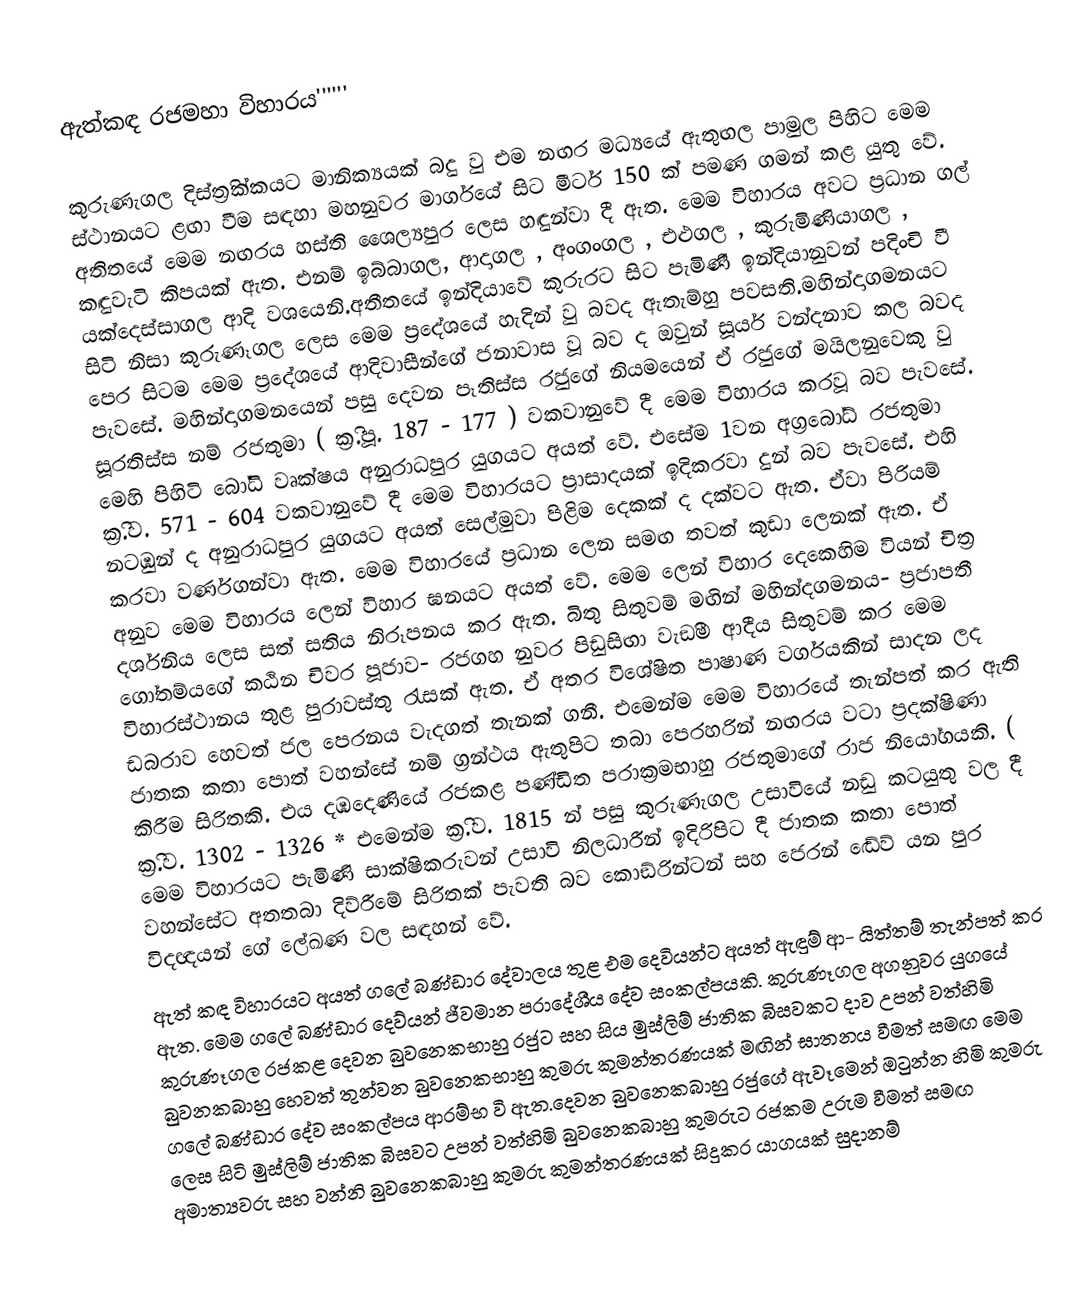
ඇත්කඳ රජමහා විහාරය''''''

කුරුණැගල දිස්ත‍්‍රික්කයට මානික්‍යයක් බදු වු එම නඟර මධ්‍යයේ ඇතුඟල පාමුල පිහිට මෙම ස්ථානයට ළඟා වීම සඳහා මහනුවර මාර්ගයේ සිට මීටර් 150 ක් පමණ ගමන් කළ යුතු වේ. අතිතයේ මෙම නඟරය හස්ති ශෛල්‍යපුර ලෙස හඳුන්වා දී ඇත. මෙම විහාරය අවට ප‍්‍රධාන ගල් කඳුවැටි කිපයක් ඇත. එනම් ඉබ්බාගල, ආදාගල , අංගංගල , එළුගල , කුරුමිණියාගල , යක්දෙස්සාගල ආදි වශයෙනි.අතීතයේ ඉන්දියාවේ කුරුරට සිට පැමිණී ඉන්දියානුවන් පදිංචි වී සිටි නිසා කුරුණෑගල ලෙස මෙම ප‍්‍ර‍්‍රදේශයේ හැදින් වු බවද ඇතැම්හු පවසති.මහින්දාගමනයට පෙර සිටම මෙම ප‍්‍රදේශයේ ආදිවාසීන්ගේ ජනාවාස වූ බව ද ඔවුන් සූර්ය වන්දනාව කල බවද පැවසේ. මහින්දාගමනයෙන් පසු දෙවන පෑතිස්ස රජුගේ නියමයෙන් ඒ රජුගේ මයිලනුවෙකු වු සූරතිස්ස නම් රජතුමා ( ක‍්‍රි.පූ. 187 - 177 ) වකවානුවේ දී මෙම විහාරය කරවූ බව පැවසේ. මෙහි පිහිටි බෝධි වෘක්ෂය අනුරාධපුර යුගයට අයත් වේ. එසේම 1වන අග‍්‍රබෝධ් රජතුමා ක‍්‍රි.ව. 571 - 604 වකවානුවේ දී මෙම විහාරයට ප‍්‍රාසාදයක් ඉදිකරවා දුන් බව පැවසේ. එහි නටඹුන් ද අනුරාධපුර යුගයට අයත් සෙල්මුවා පිළිම දෙකක් ද දක්වට ඇත. ඒවා පිරියම් කරවා වර්ණගන්වා ඇත. මෙම විහාරයේ ප‍්‍රධාන ලෙන සමඟ තවත් කුඩා ලෙනක් ඇත. ඒ අනුව මෙම විහාරය ලෙන් විහාර ඝනයට අයත් වේ. මෙම ලෙන් විහාර දෙකෙහිම වියන් චිත‍්‍ර දර්ශනිය ලෙස සත් සතිය නිරූපනය කර ඇත. බිතු සිතුවම් මඟින් මහින්දගමනය- ප‍්‍රජාපතී ගෝතම්යගේ කඨින චිවර පූජාව- රජගහ නුවර පිඩුසිඟා වැඞීම ආදීය සිතුවම් කර මෙම විහාරස්ථානය තුළ පුරාවස්තු රැසක් ඇත. ඒ අතර විශේෂිත පාෂාණ වර්ගයකින් සාදන ලද ඩබරාව හෙවත් ජල පෙරනය වැදගත් තැනක් ගනී. එමෙන්ම මෙම විහාරයේ තැන්පත් කර ඇති ජාතක කතා පොත් වහන්සේ නම් ග‍්‍රන්ථය ඇතුපිට තබා පෙරහරින් නඟරය වටා ප‍්‍රදක්ෂිණා කිරීම සිරිතකි. එය දඹදෙණියේ රජකළ පණ්ඩිත පරාක‍්‍රමභාහු රජතුමාගේ රාජ නියෝගයකි. ( ක‍්‍රි.ව. 1302 - 1326 * එමෙන්ම ක‍්‍රි.ව. 1815 න් පසු කුරුණැගල උසාවියේ නඩු කටයුතු වල දී මෙම විහාරයට පැමිණි සාක්ෂිකරුවන් උසාවි නිලධාරීන් ඉදිරිපිට දී ජාතක කතා පොත් වහන්සේට අතතබා දිව්රීමේ සිරිතක් පැවති බව කොඞ්රින්ටන් සහ ජෙරන් ඬේව් යන පුර විදඥයන් ගේ ලේඛණ වල සඳහන් වේ.
ඇත් කඳ විහාරයට අයත් ගලේ බණ්ඩාර දේවාලය තුළ එම දෙවියන්ට අයත් ඇඳුම් ආ- යිත්තම් තැන්පත් කර ඇත. මෙම ගලේ බණ්ඩාර දෙව්යන් ජීවමාන ප‍්‍රාදේශීය දේව සංකල්පයකි. කුරුණෑගල අගනුවර යුගයේ කුරුණෑගල රජකළ දෙවන බුවනෙකභාහු රජුට සහ සිය මුස්ලිම් ජාතික බිසවකට දාව උපන් වත්හිමි බුවනකබාහු හෙවත් තුන්වන බුවනෙකභාහු කුමරු කුමන්ත‍්‍රණයක් මඟින් ඝාතනය වීමත් සමඟ මෙම ගලේ බණ්ඩාර දේව සංකල්පය ආරම්භ වි ඇත.දෙවන බුවනෙකබාහු රජුගේ ඇවෑමෙන් ඔටුන්න හිමි කුමරු ලෙස සිටි මුස්ලිම් ජාතික බිසවට උපන් වත්හිමි බුවනෙකබාහු කුමරුට රජකම උරුම වීමත් සමඟ අමාත්‍යවරු සහ වන්නි බුවනෙකබාහු කුමරු කුමන්ත‍්‍රණයක් සිදුකර යාගයක් සුදානම්